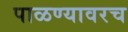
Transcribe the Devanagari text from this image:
पाळण्यावरच